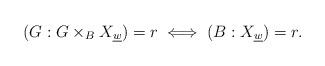
LaTeX: \begin{align*} (G:G\times_B X_{\underline{w}})=r \iff (B:X_{\underline{w}})=r.\end{align*}